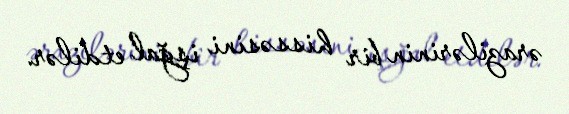
ərazilərinin bir hissəsini işğal etdilər.